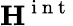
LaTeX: {\mathbf{H}}^{\mathrm{~i~n~t~}}